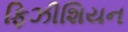
ફિઝીશિયન